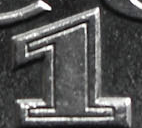
1